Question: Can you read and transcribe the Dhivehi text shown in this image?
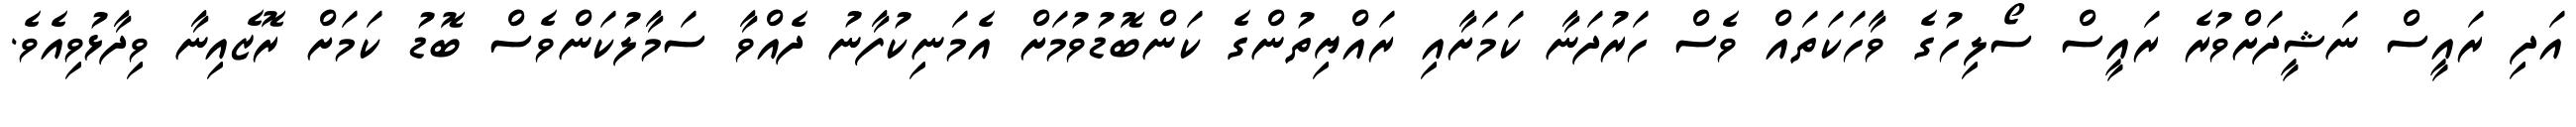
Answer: އަދި ރައީސް ނަޝީދަށްވުރެ ރައީސް ސޯލިހުގެ ވާހަކަތައް ވެސް ހަރުދަނާ ކަމަށާއި ރައްޔިތުންގެ ކަންބޮޑުވުމަށް އެމަނިކުފާނު ދެއްވާ ސަމާލުކަންވެސް ބޮޑު ކަމަށް ރޮޒެއިނާ ވިދާޅުވިއެވެ.